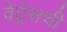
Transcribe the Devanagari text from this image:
वेट्रेसची